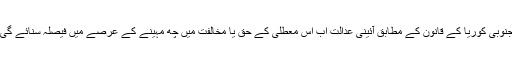
جنوبی کوریا کے قانون کے مطابق آئینی عدالت اب اس معطلی کے حق یا مخالفت میں چھ مہینے کے عرصے میں فیصلہ سنائے گی۔